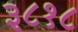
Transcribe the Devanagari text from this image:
३८१८